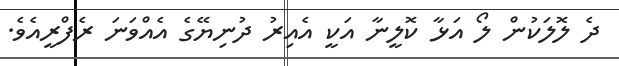
ދެ ލޮލަކުން ލޯ އަޅާ ކޮލީނާ އަކީ އެއިރު ދުނިޔޭގެ އެއްވަނަ ރެފްރީއެވެ.